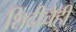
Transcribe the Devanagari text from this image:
शिंदीचेही